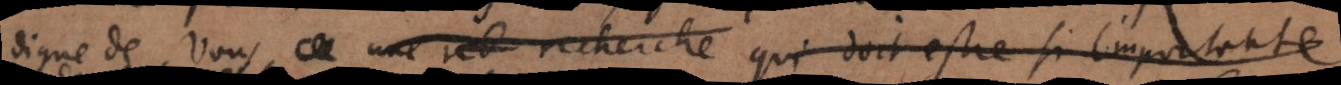
digne de Vous, une recherche qui doit estre si importante,